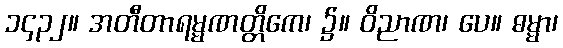
၁၄၃၂။ အတီတာရမ္မဏတ္တိကေ၊ ၌။ ဝိညာဏ၊ ပေ။ ဓမ္မာ၊